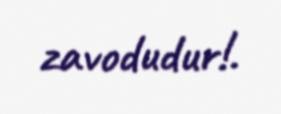
zavodudur!.